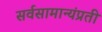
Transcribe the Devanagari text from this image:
सर्वसामान्यंप्रती